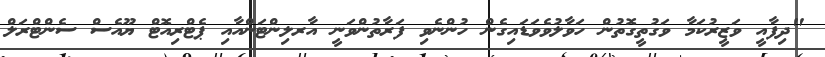
"ދިފާއީ ވަޒީރުކަމާ ވަގުތީގޮތުން ހަވާލުވެވަޑައިގެން ހުންނެވި ފަރާތުންވަނީ އާރލިންޓަންއާއި ޕެޓްރިއޮޓް ޔޫއެސް ސެންޓްރަލް